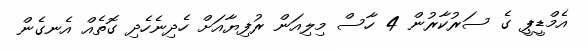
އެމްޑީޕީ ގެ ސަރުކާރުން 4 ހާސް މިލިއަން ރުފިޔާއަށް ހެދިނެހެދި ގޮތެއް އެނގެން